Annual statistical returns and brief notes on vaccination in Bengal - 1896-1909
Year: 1896
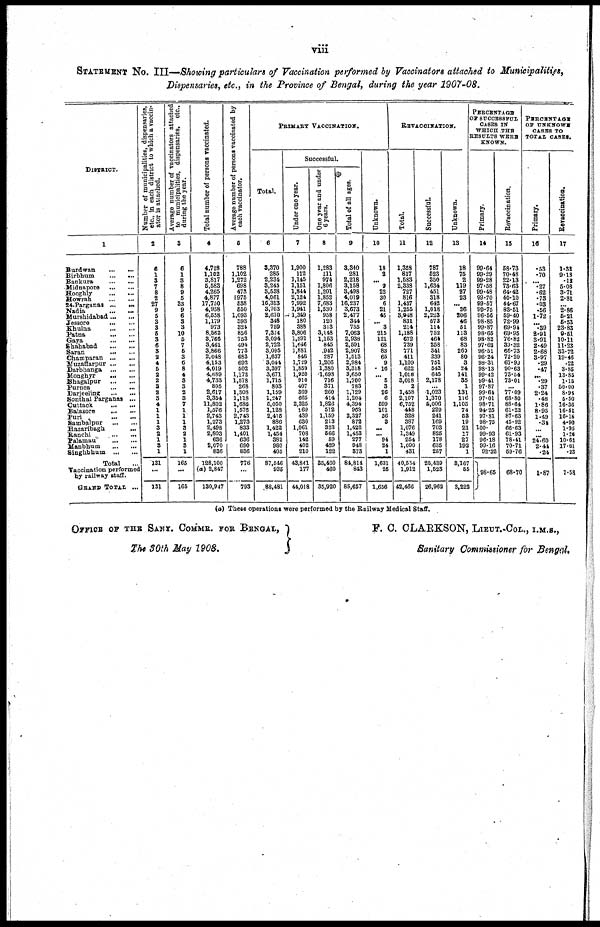
viii
STATEMENT No. III—Showing particulars of Vaccination performed by Vaccinators attached to Municipalities,
Dispensaries, etc., in the Province of Bengal, during the year 1907-08.
DISTRICT.
1
Burdwan...
...
...
Birbhum...
...
...
Bankura...
...
...
Midnapore... ... ...
Hooghly... ... ... ...
Bowrah... ... ... ...
24-Parganas... ... ... ...
Nadia... ... ... ...
Murshidabad... ... ...
Jessore... ... ...
Khulna... ... ... ...
Patna... ... ... ...
Gaya... ... ... ...
Shahabad... ... ... ...
Saran... ... ... ...
Champaran... ... ... ...
Muzaffarpur... ... ...
Sarbhanga... ... ...
Monghyr... ... ... ...
Bhagalpur... ... ...
Purnea... ... ... ...
Darjeelinig...
...
...
Sonthal Parganas ...
Cuttack... ... ... ...
Balasore... ... ... ...
Pari... ... ... ...
Sambalpur... ... ...
Hazaribagh... ... ...
Ranchi...
...
...
Palamau...
...
...
Manbhum... ... ...
Singhbhum... ... ...
Total...q
Vaccination performed
by railway staff.
GRAND TOTAL ...
Number of municipalities, dispensaries,
etc., in each district to which a vaccin-
ator is attached.
2
6
1
3
7
8
2
27
9
5
3
3
5
3
6
3
2
4
5
2
2
3 2
3 4
1
1
1
3
2 1
3
1
131
...
131
Average number of vaccinators attached
to municipalities, dispensaries,
etc.,
during the year.
3
6
1
3
8
9
5
33
9
6
3
3
10
5
7
5
3
0
8
4
3
3
2
3
7
1
1
1
3
2 1
3
1
165
...
165
Total number of persons vaccinated.
4
4,728
1,102
3,817
5,583
4,265
4,877
17,750
4,958
6,558
1,179
973
8,562
3,766
3,461
3,866
2,048
4,153
4,019
4,689
4,733
805
2,617
3,354
11,802
1,576
2,743
1,273
2,498
2,803
636
2,070
836
128,100
(a) 2,847
130,947
Average number of persons vaccinated by
each vaccinator.
5
788
1,102
1,272
698
473
976
538
550
1,093
393
324
856
753
494
773
683
692
502
1,173
1,578
268
1,308
1,118
1,686
1,576
2,743
1,273
833
1,401
636
690
836
776
...
793
PRIMARY VACCINATION.
Total.
6
3,370
285
2,234
3,245
3,538
4,061
16,313
3,703
2,610
348
759
7,374
3,094
2,722
3,095
1,637
3,044
3,397
3,671
1,715
803
1,159
1,247
5,050
1,128
2,415
886
1,422
1,454
382
980
405
87,546
935
88,481
Successful.
Under one year.
7
1,900
112
1,145
1,151
1,844
2,124
7,992
1,941
1,349
180
388
8,806
1,591
1,646
1,881
846
1,729
1,859
1,920
910
407
369
665
2,325
169
439
630
1,061
708
142
402
210
43,841
177
44,018
One year and under
6 years.
8
1,283
111
974
1,806
1,201
1,852
7,683
1,530
958
120
313
3,148
1,153
845
942
287
1,206
1,380
1,698
716
371
260
414
1,826
512
1,159
213
323
566
59
429
122
35,460
460
35,920
Total of all ages.
9
3,340
281
2,218
3,158
3,498
4,019
16,237
3,673
2,477
344
755
7,063
2,938
2,591
2,907
1,513
2,984
3,318
3,650
1,700
783
1,129
1,204
4,394
963
2,327
872
1,422
1,453
277
948
373
84,814
843
85,657
Unknown.
10
18
2
... 9
22
30
6
21
45
... 3
215
121
68
83
65
9
16
... 5
3
26
6
599
101
36
3
...
... 94
24
1
1,631
25
1,656
REVACCINATION.
Total.
11
1,358
817
1,583
2,338
727
816
1,437
1,255
3,948
831
214
1,188
672
739
771
411
1,109
622
1,018
3,018
2
1,458
2,107
6,752
448
328
387
1,076
1,349
254
1,090
431
40,554
1,912
42,466
Successful.
12
787
523
350
1,634
451
318
642
1,018
2,223
573
114
752
464
258
341
239
751
542
645
2,178
...
1,023
1,370
5,006
229
241
169
703
825
178
635
257
25,439
1,523
26,962
Unknown.
13
18
75
2
119
27
23
... 36
306
46
51
113
68
83
269
80
3
24
141
35
1
131
116
1,105
74
58
19
21
17
27
192
1
3,167
55
3,222
PERCENTAGE
OF SUCCESSFUL
CASES IN
WHICH THE
RESULTS WERE
KNOWN.
Primary.
14
99.64
99.29
99.28
97.58
99.48
99.70
99.57
99.75
96.56
98.85
99.87
98.65
98.82
97.62
96.51
96.24
98.31
98.13
99.42
99.41
97.87
99.64
97.01
98.71
94.25
97.81
98.75
100.
99.93
96.18
99.16
92.32
98.65
Revaccination.
15
58.73
70.48
22.13
73.63
64.42
40.10
44.67
83.51
59.40
72.99
69.94
69.95
76.82
39.32
66.73
72.20
67.90
90.63
73.54
73.01
...
77.09
68.80
88.64
61.22
87.63
45.92
66.63
61.93
78.41
70.71
59.76
68.70
PERCENTAGE
OF UNKNOWN
CASES TO
TOTAL CASES.
Primary.
16
.53
.70
... .27
.62
.73
.03
.56
1.72
... .39
2.91
3.91
2.49
2.68
3.97
.29
.47
... .29
.37
2.24
.48
1.86
8.95
1.49
.34
...
... 24.60
2.44
.24
1.87
Revaccination.
17
1.32
9.13
.13
5.03
3.71
2.81
... 2.86
5.21
5.53
23.83
9.51
10.11
11.25
33.72
19.46
.22
3.85
13.85
1.15
50.00
8.93
5.50
16.36
16.51
16.15
4.90
1.95
1.26
10.63
17.61
.23
7.58
(a) These operations were performed by the Railway Medical Staff.
OFFICE OF THE SANY. COMMR. FOR BENGAL,
The 30th May 1908.
F. C. CLARKSON, LIEUT.-COL., I.M.S.,
Sanitary Commissioner for Bengal.